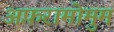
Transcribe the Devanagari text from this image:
अफ़रामोमुम